Annual report on the working of the lock hospitals in the Central Provinces
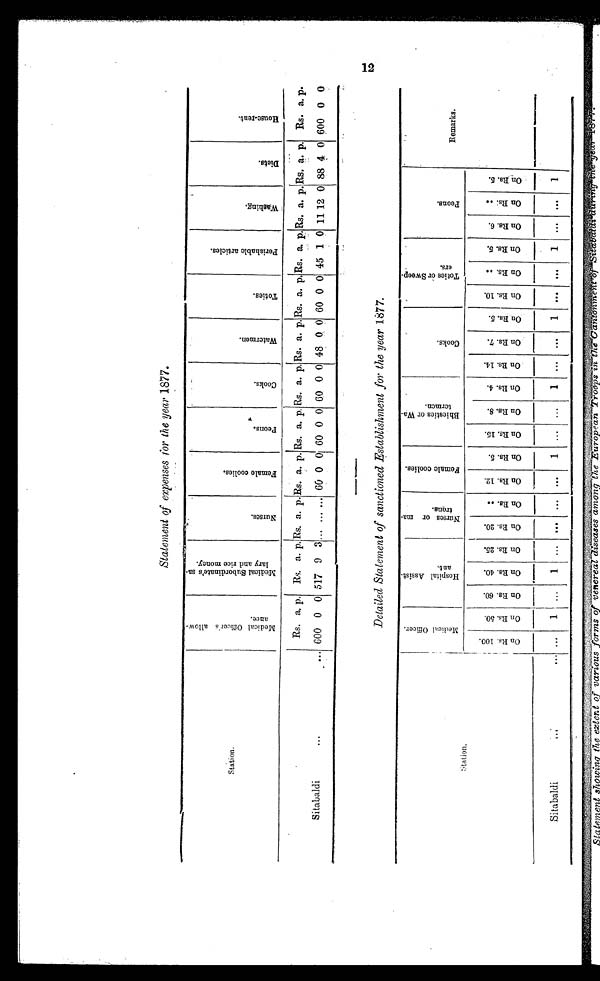
Statement of expenses for the year 1877.
Station.
M e d i c a l O f f i c e r ' s a l l o w -
a n c e .
M e d i c a l S u b o r d i n a t e ' s s a -
l a r y a n d r i c e m o n e y .
N u r s e s .
F e m a l e c o o l i e s .
Pe o n s .
C o o k s .
W a t e r m a n .
T o t i e s .
Perishable articles.
W a s h i n g .
D i e t s .
H o u s e - r e n t .
Rs. a. p. Rs. a. p Rs. a p. Rs. a. p. Rs. a. p. Rs. a. p. Rs. a. p. Rs. a. p. Rs. a. p. Rs. a. p. Rs. a. p. Rs. a. p.
Sitabaldi
...
... 600 0 0 517 9 3 .. ... . . . 60 0 0 60 0 0 60 00 00 48 0 0 60 0 0 45 1 0 11 12 0 88 4 0 600 0 0
12
Detailed Statement of sanctioned Establishment for the year 1877.
S t a t i o n .
M e d i c a l O f f i c e r .
H o s p i t a l A s s i s t -
a n t .
N u r s e s o r m a -
t r o n s .
F e m a l e c o o l i e s .
B h i e s t i c s o r W a -
t e r m a n .
C o o k s .
T o t i e s o r S w e e p -
e r s .
P e o n s . Remarks.
O n R s . 1 0 0 .
On Rs . 5 0 .
O n R s . 6 0 .
O n R s . 4 0 . On Rs . 2 5 .
O n R s . 2 0 .
O n R s . . .
O n R s . 1 2 .
O n R s . 5 .
O n R s . 1 5 .
O n R s . 8 .
O n R s . 4 .
O n R s . 1 4 .
O n R s . 7 .
O n R s . 5 .
O n R s . 1 0 .
O n R s . . .
O n R s . 5 .
O n R s . 6 .
O n R s . . . On Rs. 5.
Sitabaldi ... ...
1 ...
1
... ... ... ...
1
... ...
1
... ...
1
... ...
1
... ...
1